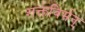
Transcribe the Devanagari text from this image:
शक्तविर्मन्